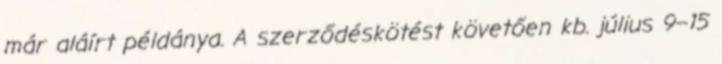
már aláírt példánya. A szerződéskötést követően kb. július 9–15